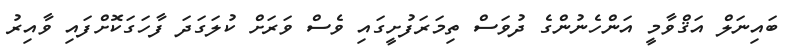
ބައިނަލް އަޤްވާމީ އަންހެނުންގެ ދުވަސް ތިމަރަފުށީގައި ވެސް ވަރަށް ކުލަގަދަ ފާހަގަކޮށްފައި ވާއިރު